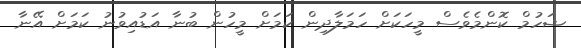
ޝަހުމް ކޮންމެވެސް މީހަކަށް ހަމަލާދިން ކަމަށް މީހުން ބުނާ އަޑުއިވުނު ކަމަށް އޭނާ